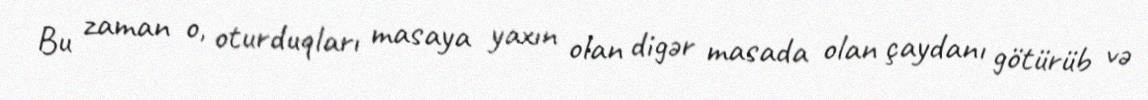
Bu zaman o, oturduqları masaya yaxın olan digər masada olan çaydanı götürüb və